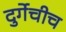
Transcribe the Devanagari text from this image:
दुर्गेचीच